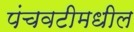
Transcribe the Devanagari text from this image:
पंचवटीमधील